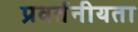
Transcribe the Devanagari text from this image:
प्रवर्तनीयता